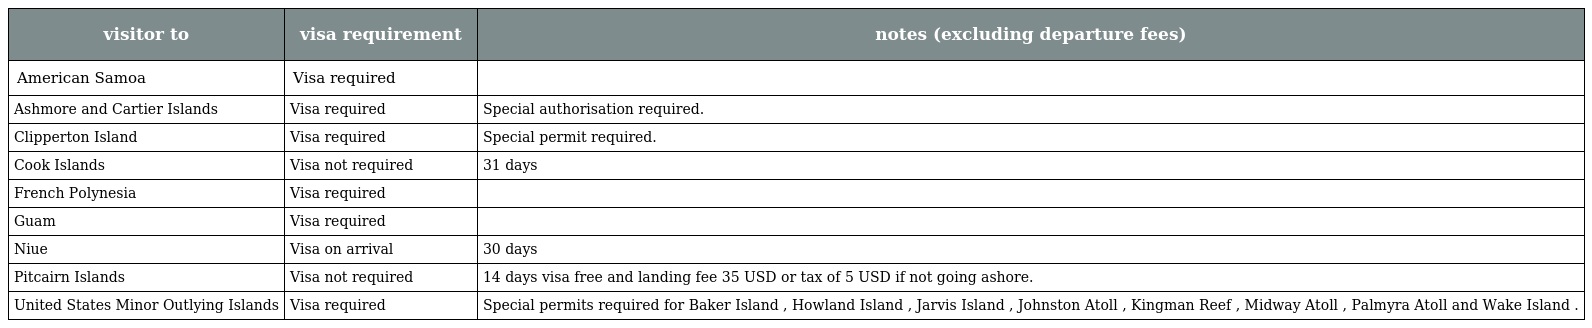
| visitor to | visa requirement | notes (excluding departure fees) |
 | --- | --- | --- |
 | American Samoa | Visa required |  |
 | Ashmore and Cartier Islands | Visa required | Special authorisation required. |
 | Clipperton Island | Visa required | Special permit required. |
 | Cook Islands | Visa not required | 31 days |
 | French Polynesia | Visa required |  |
 | Guam | Visa required |  |
 | Niue | Visa on arrival | 30 days |
 | Pitcairn Islands | Visa not required | 14 days visa free and landing fee 35 USD or tax of 5 USD if not going ashore. |
 | United States Minor Outlying Islands | Visa required | Special permits required for Baker Island , Howland Island , Jarvis Island , Johnston Atoll , Kingman Reef , Midway Atoll , Palmyra Atoll and Wake Island . |